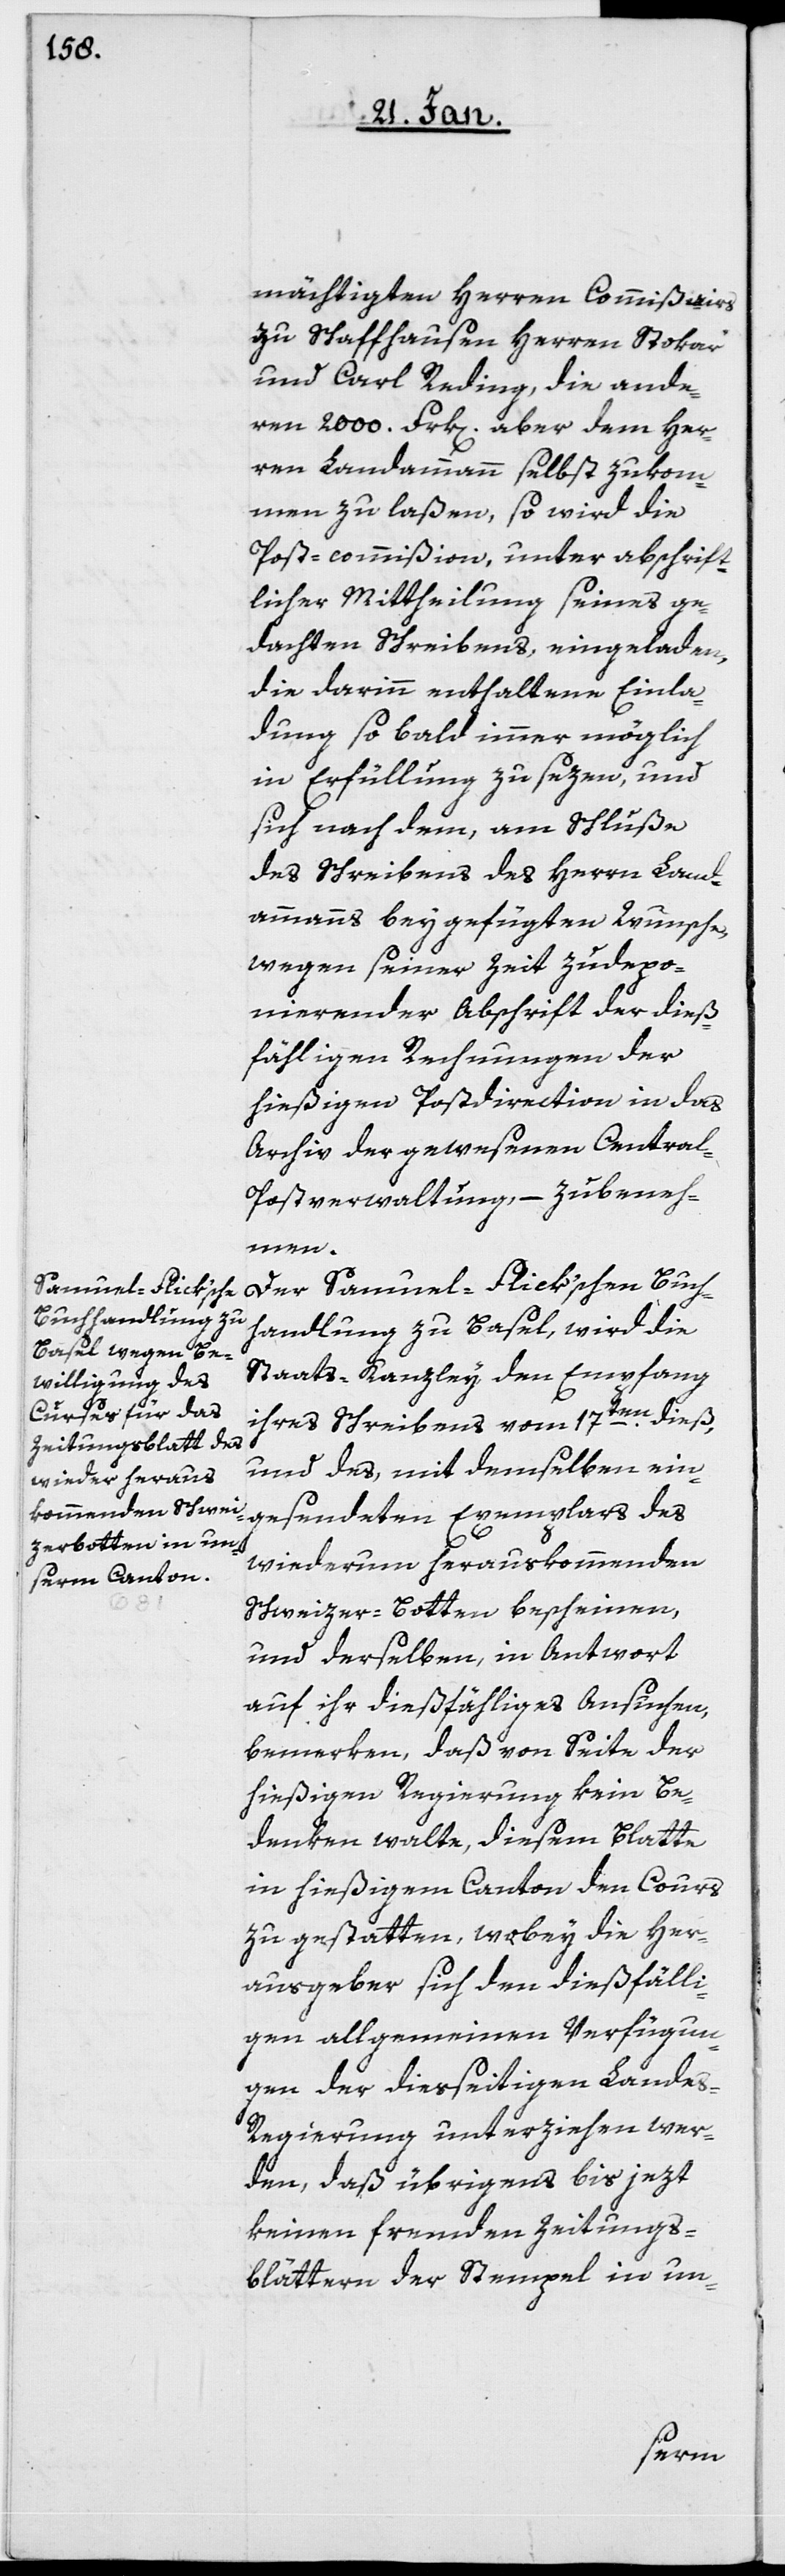
mächtigten Herren Commißairs
zu Schaffhausen Herren Stokar
und Carl Reding, die ande¬
ren 2000. Frk[en]. aber dem Her¬
ren Landammann selbst zukom¬
men zu laßen, so wird die
Post-commißion, unter abschrift¬
licher Mittheilung seines ge¬
dachten Schreibens, eingeladen,
die darinn enthaltene Einla¬
dung so bald immer möglich
in Erfüllung zu sezen, und
sich nach dem, am Schluße
des Schreibens des Herrn Land¬
ammanns beygefügten Wunsche,
wegen seiner Zeit zudepo¬
nierender Abschrift der dieß¬
fälligen Rechnungen der
hießigen Postdirection in das
Archiv der gewesenen Centra¬
l-Postverwaltung, – zubeneh¬
men.
Der Samuel-Flick’schen Buch¬
handlung zu Basel, wird die
Staats-Kanzley den Empfang
ihres Schreibens vom 17ten. dieß,
und des, mit demselben ein¬
gesendeten Exemplars des
wiederum herauskommenden
Schweizer-Botten bescheinen,
und derselben, in Antwort
auf ihr dießfälliges Ansuchen
bemerken, daß von Seite der
hießigen Regierung kein Be¬
denken walte, diesem Blatte
in hießigem Canton den Cours
zu gestatten, wobey die Her¬
ausgeber sich den dießfälli¬
gen allgemeinen Verfügun¬
gen der diesseitigen Lande¬
s-Regierung unterziehen wer¬
den, daß übrigens bis jezt
keinen fremden Zeitungs¬
blättern der Stempel in un-